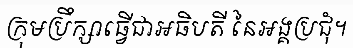
ក្រុមប្រឹក្សាធ្វើជាអធិបតី នៃអង្គប្រជុំ។